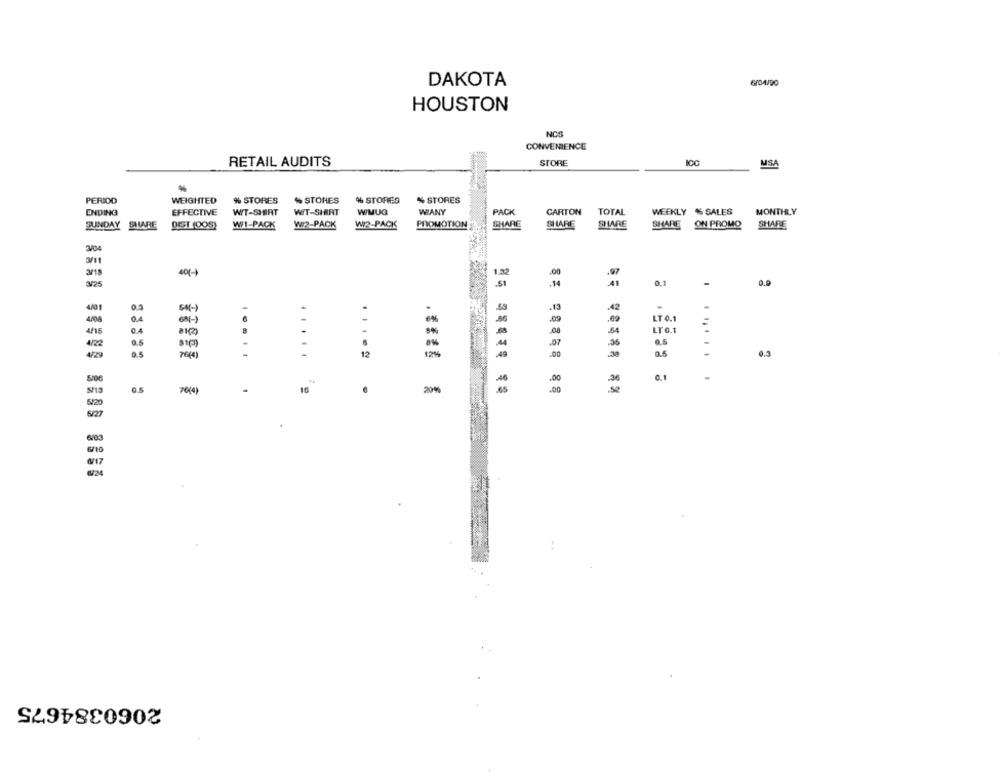
DAKOTA
6/04/20
HOUSTON
NOS
CONVENIENCE
RETAIL AUDITS
STORE
ICC
MSA
PERIOD
WEIGHTED
% STORES
% STORES
% STORIES
% STORES
ENDING
EFFECTIVE
WT-SHIRT
WIT-SHIRT
WMUG
WIANY
PACK
CARTON
TOTAL
WEEKLY % SALES
MONTHLY
SUNDAY SHARE
W1-PACK
WI2-PACK
WI2-PACK
PROMOTION
SHARE
SHARE
SHARE
SHARE
ON PROMO
SHARE
DIST (005)
3/04
3/18
40(-)
3/25
0,1
-
0.9
4001
0.2
.
.13
LT 0.1
4008
.09
.09
4/15
LTO.1
0.5
4/22
.07
35
9.5
-
12
12%
.49
.00
0.3
5/06
.00
S/13
76(4)
.
16
6
20%
.00
se
5/20
6/27
2060384675